Indian journal of veterinary science and animal husbandry - Volume 11,
Year: 1941
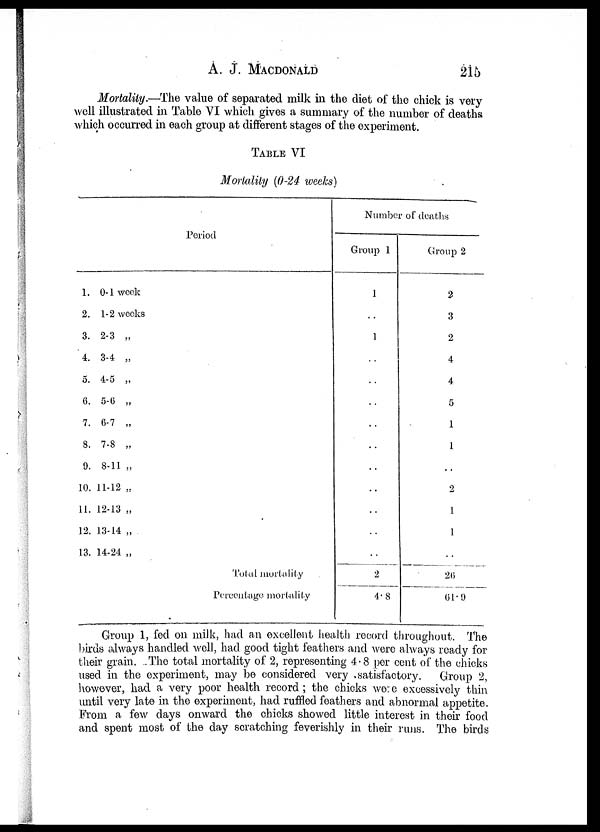
A. J. MACDONALD 215
Mortality.—The value of separated milk in the diet of the chick is very-
well illustrated in Table VI which gives a summary of the number of deaths
which occurred in each group at different stages of the experiment.
TABLE VI
Mortality (0-24 weeks)
Period
1.
2.
3.
4.
5.
6.
7.
8.
9.
10.
11.
12.
13.
0-1 week
1-2 weeks
2-3 „
3-4 „
4-5 „
5-6 „
6-7 „
7-8 „
8-11 „
11-12 „
12-13 „
13-14 „
14-24 „
Tolal mortality
Percentage mortality
Number of deaths
Group 1
1
..
1
..
..
..
..
..
..
..
..
..
..
2
4.8
Group 2
2
3
2
4
4
5
1
1
..
2
1
1
..
26
61.9
Group 1, fed on milk, had an excellent health record throughout. The
birds always handled well, had good tight feathers and were always ready for
their grain. The total mortality of 2, representing 4.8 per cent of the chicks
used in the experiment, may be considered very .satisfactory.
Group 2,
however, had a very poor health record ; the chicks were excessively thin
until very late in the experiment, had ruffled feathers and abnormal appetite.
From a few days onward the chicks showed little interest in their food
and spent most of the day scratching feverishly in their runs. The birds